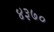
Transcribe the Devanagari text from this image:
४३७०